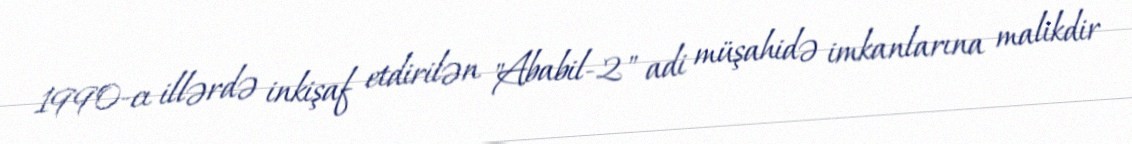
1990-cı illərdə inkişaf etdirilən "Ababil-2" adi müşahidə imkanlarına malikdir